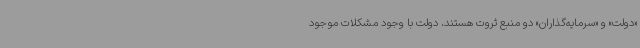
«دولت» و «سرمایه‌گذاران» دو منبع ثروت هستند، دولت با وجود مشکلات موجود